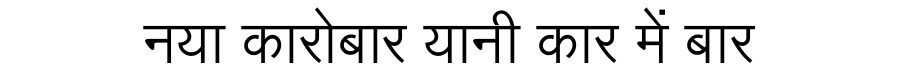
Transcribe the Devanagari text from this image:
नया कारोबार यानी कार में बार